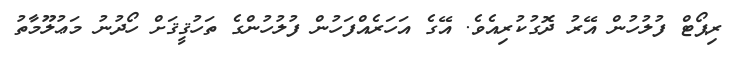
ރިޕޯޓް ފުލުހުން އޭރު ދޮގުކުރިއެވެ. އޭގެ އަހަރެއްފަހުން ފުލުހުންގެ ތަހުޤީޤަށް ހޯދުނު މަޢުލޫމާތު